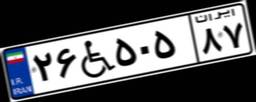
۴۷W۷۴۷۳۶